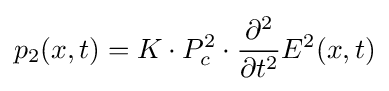
p_{2}(x,t)=K\cdot P_{c}^{2}\cdot {\frac {\partial ^{2}}{\partial t^{2}}}E^{2}(x,t)